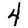
Digit: 4